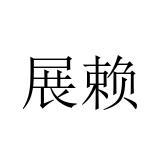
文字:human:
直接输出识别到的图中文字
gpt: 展赖